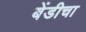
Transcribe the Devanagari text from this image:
बेंडीचा